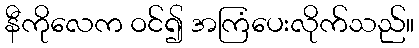
နီကိုလေက ဝင်၍ အကြံပေးလိုက်သည်။